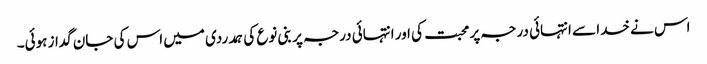
اس نے خدا سے انتہائی درجہ پر محبت کی اور انتہائی درجہ پر بنی نوع کی ہمدردی میں اس کی جان گداز ہوئی۔